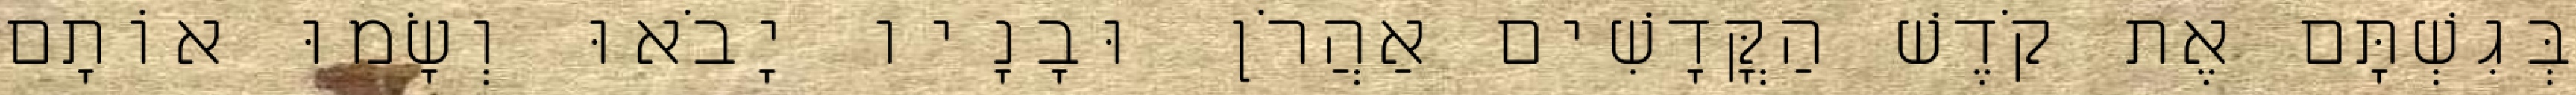
בְּגִשְׁתָּם אֶת קֹדֶשׁ הַקֳּדָשִׁים אַהֲרֹן וּבָנָיו יָבֹאוּ וְשָׂמוּ אוֹתָם